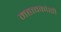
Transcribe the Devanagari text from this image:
महत्त्वकांशी